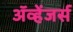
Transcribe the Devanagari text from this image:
ॲव्हेंजर्स